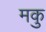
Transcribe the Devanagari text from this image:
मकु